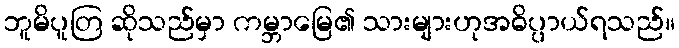
ဘူမိပူတြ ဆိုသည်မှာ ကမ္ဘာမြေ၏ သားများဟုအဓိပ္ပာယ်ရသည်။